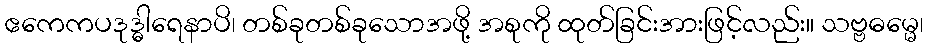
ဧကေကပဒုဒ္ဓါရေနာပိ၊ တစ်ခုတစ်ခုသောအဖို့ အစုကို ထုတ်ခြင်းအားဖြင့်လည်း။ သဗ္ဗဓမ္မေ၊